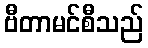
ဗီတာမင်စီသည်